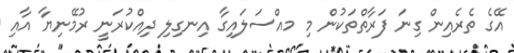
އޭގެ ތެރެއިން ގިނަ ފަރާތްތަކުން މި މއްސަލައިގާ އިނގިލި ދިއްކުރަނީ ރުމޭނިޔާ އާއި